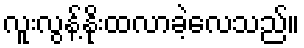
လူးလွန့်နိုးထလာခဲ့လေသည်။